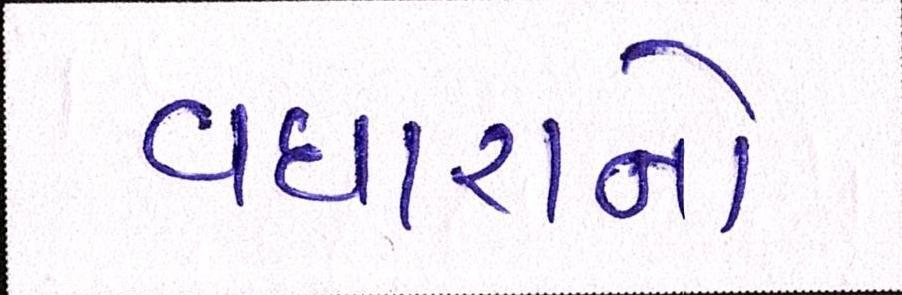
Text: વધારાનો